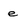
Character: e